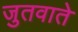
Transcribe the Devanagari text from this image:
जुतवाते